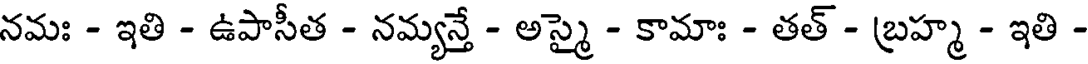
నమః - ఇతి - ఉపాసీత - నమ్యన్తే - అస్మై - కామాః - తత్ - బ్రహ్మ - ఇతి -